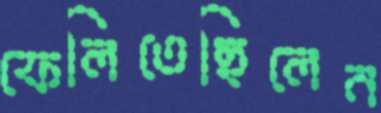
ফেলিতেছিলেন